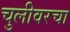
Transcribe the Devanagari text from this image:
चुलीवरचा